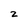
Character: 2